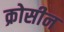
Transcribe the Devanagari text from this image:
क्रोसीन